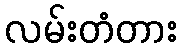
လမ်းတံတား